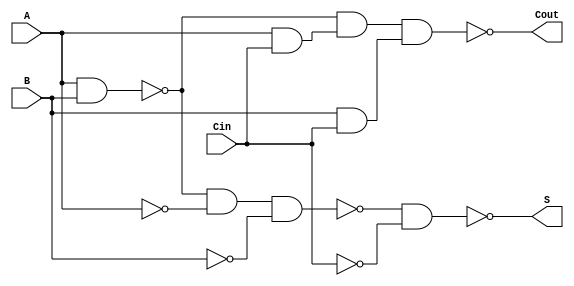
module NegativeCircuitFullAdder (
    input wire A,     // First input bit
    input wire B,     // Second input bit
    input wire Cin,   // Carry-in bit
    output wire S,    // Sum output
    output wire Cout   // Carry-out output
);

// Internal wires for intermediate signals
wire AB_nand, AC_nand, BC_nand;
wire AB, AC, BC;
wire S1, S2;

// Implementing XOR using NAND gates
// A  B = (A NAND B)' NAND (A NAND A)' NAND (B NAND B)'
assign AB_nand = ~(A & B);
assign S1 = ~(AB_nand & ~(A & A) & ~(B & B)); // A  B
assign S2 = ~(S1 & ~(Cin & Cin));              // (A  B)  Cin
assign S = S2;

// Implementing Cout = (A & B) | (B & Cin) | (A & Cin)
// Using NAND gates to create AND and OR functionality
assign AB = ~(AB_nand);                       // A & B
assign AC_nand = ~(A & Cin);                  // A & Cin
assign BC_nand = ~(B & Cin);                  // B & Cin

// Final Cout using NAND gates to implement OR
assign Cout = ~(~(AB) & ~(AC_nand) & ~(BC_nand));

endmodule